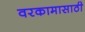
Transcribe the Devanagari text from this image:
वरकामासाठी